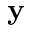
\mathbf { y }